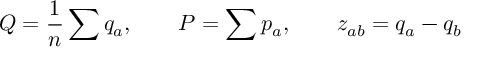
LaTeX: Q = { \frac { 1 } { n } } \sum q _ { a } , \qquad P = \sum p _ { a } , \qquad z _ { a b } = q _ { a } - q _ { b }